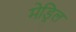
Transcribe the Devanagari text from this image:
मेड्रिल